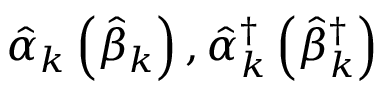
\hat { \alpha } _ { k } \left( \hat { \beta } _ { k } \right) , \hat { \alpha } _ { k } ^ { \dagger } \left( \hat { \beta } _ { k } ^ { \dagger } \right)